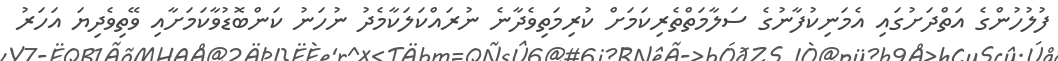
ފުލުހުންގެ އަތްދަށުގައި އެމަނިކުފާނުގެ ސަލާމަތްތެރިކަމަށް ކުރިމަތިވެދާނެ ނުރައްކަލަކާމެދު ނުހަނު ކަންބޮޑުވާކަމަށާއި ވޭތިވެދިޔަ އަހަރު